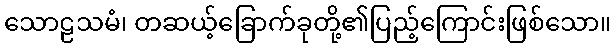
သောဠသမံ၊ တဆယ့်ခြောက်ခုတို့၏ပြည့်ကြောင်းဖြစ်သော။